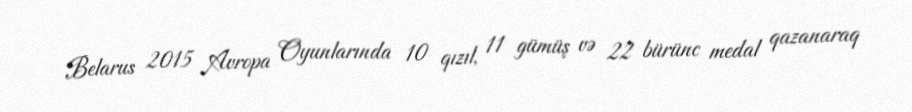
Belarus 2015 Avropa Oyunlarında 10 qızıl, 11 gümüş və 22 bürünc medal qazanaraq